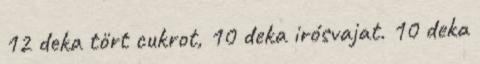
12 deka tört cukrot, 10 deka irósvajat. 10 deka